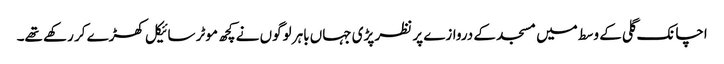
اچانک گلی کے وسط میں مسجد کے دروازے پر نظر پڑی جہاں باہر لوگوں نے کچھ موٹر سائیکل کھڑے کر رکھے تھے۔